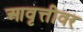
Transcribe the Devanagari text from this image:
आवृत्तीवर